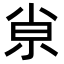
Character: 𡭴